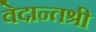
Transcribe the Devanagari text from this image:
वेदान्तश्री